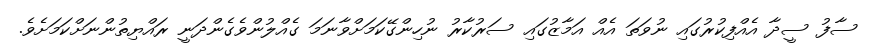
ސާފު ސީދާ އެއްފިކުރުގައި ނުވަތަ އެއް އަމާޒުގައި ސަރުކާރު ނުހިންގޭކަމަށްވާނަމަ ގެއްލުންވެގެންދަނީ ރައްޔިތުންނަށްކަމަށެވެ.